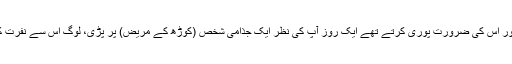
اس کو اپنے در دولت پر لے آتے اور اس کی ضرورت پوری کرتے تھے ایک روز آپ کی نظر ایک جذامی شخص (کوڑھ کے مریض) پر پڑى، لوگ اس سے نفرت کرتے ھوئے آگے گزرجاتے تھے۔